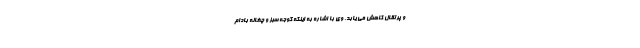
و پرتقال کاهش می یابد. وی با اشاره به اینکه گوجه سبز و چغاله بادام